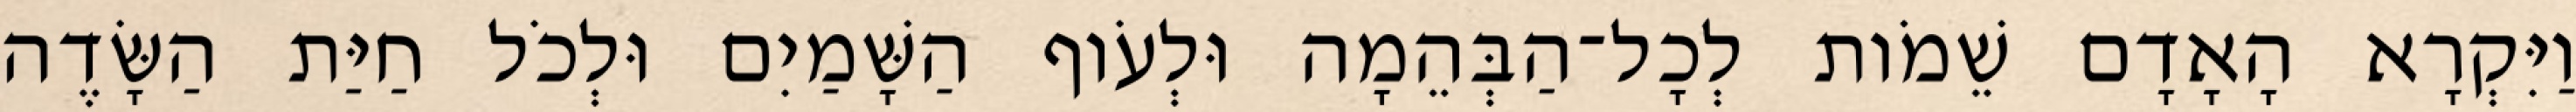
וַיִּקְרָא הָאָדָם שֵׁמֹות לְכָל־הַבְּהֵמָה וּלְעֹוף הַשָּׁמַיִם וּלְכֹל חַיַּת הַשָּׂדֶה